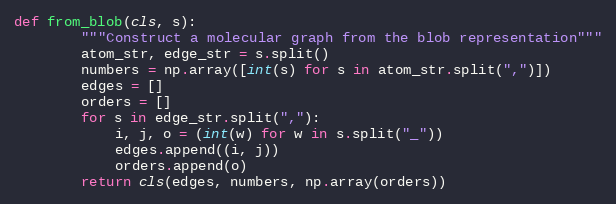
Language: Python
def from_blob(cls, s):
        """Construct a molecular graph from the blob representation"""
        atom_str, edge_str = s.split()
        numbers = np.array([int(s) for s in atom_str.split(",")])
        edges = []
        orders = []
        for s in edge_str.split(","):
            i, j, o = (int(w) for w in s.split("_"))
            edges.append((i, j))
            orders.append(o)
        return cls(edges, numbers, np.array(orders))